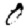
Digit: 0